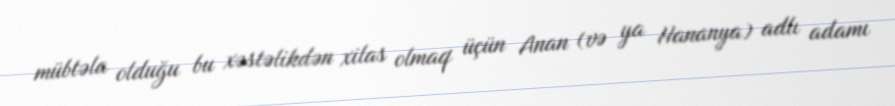
mübtəla olduğu bu xəstəlikdən xilas olmaq üçün Anan (və ya Hananya) adlı adamı